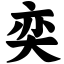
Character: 奕